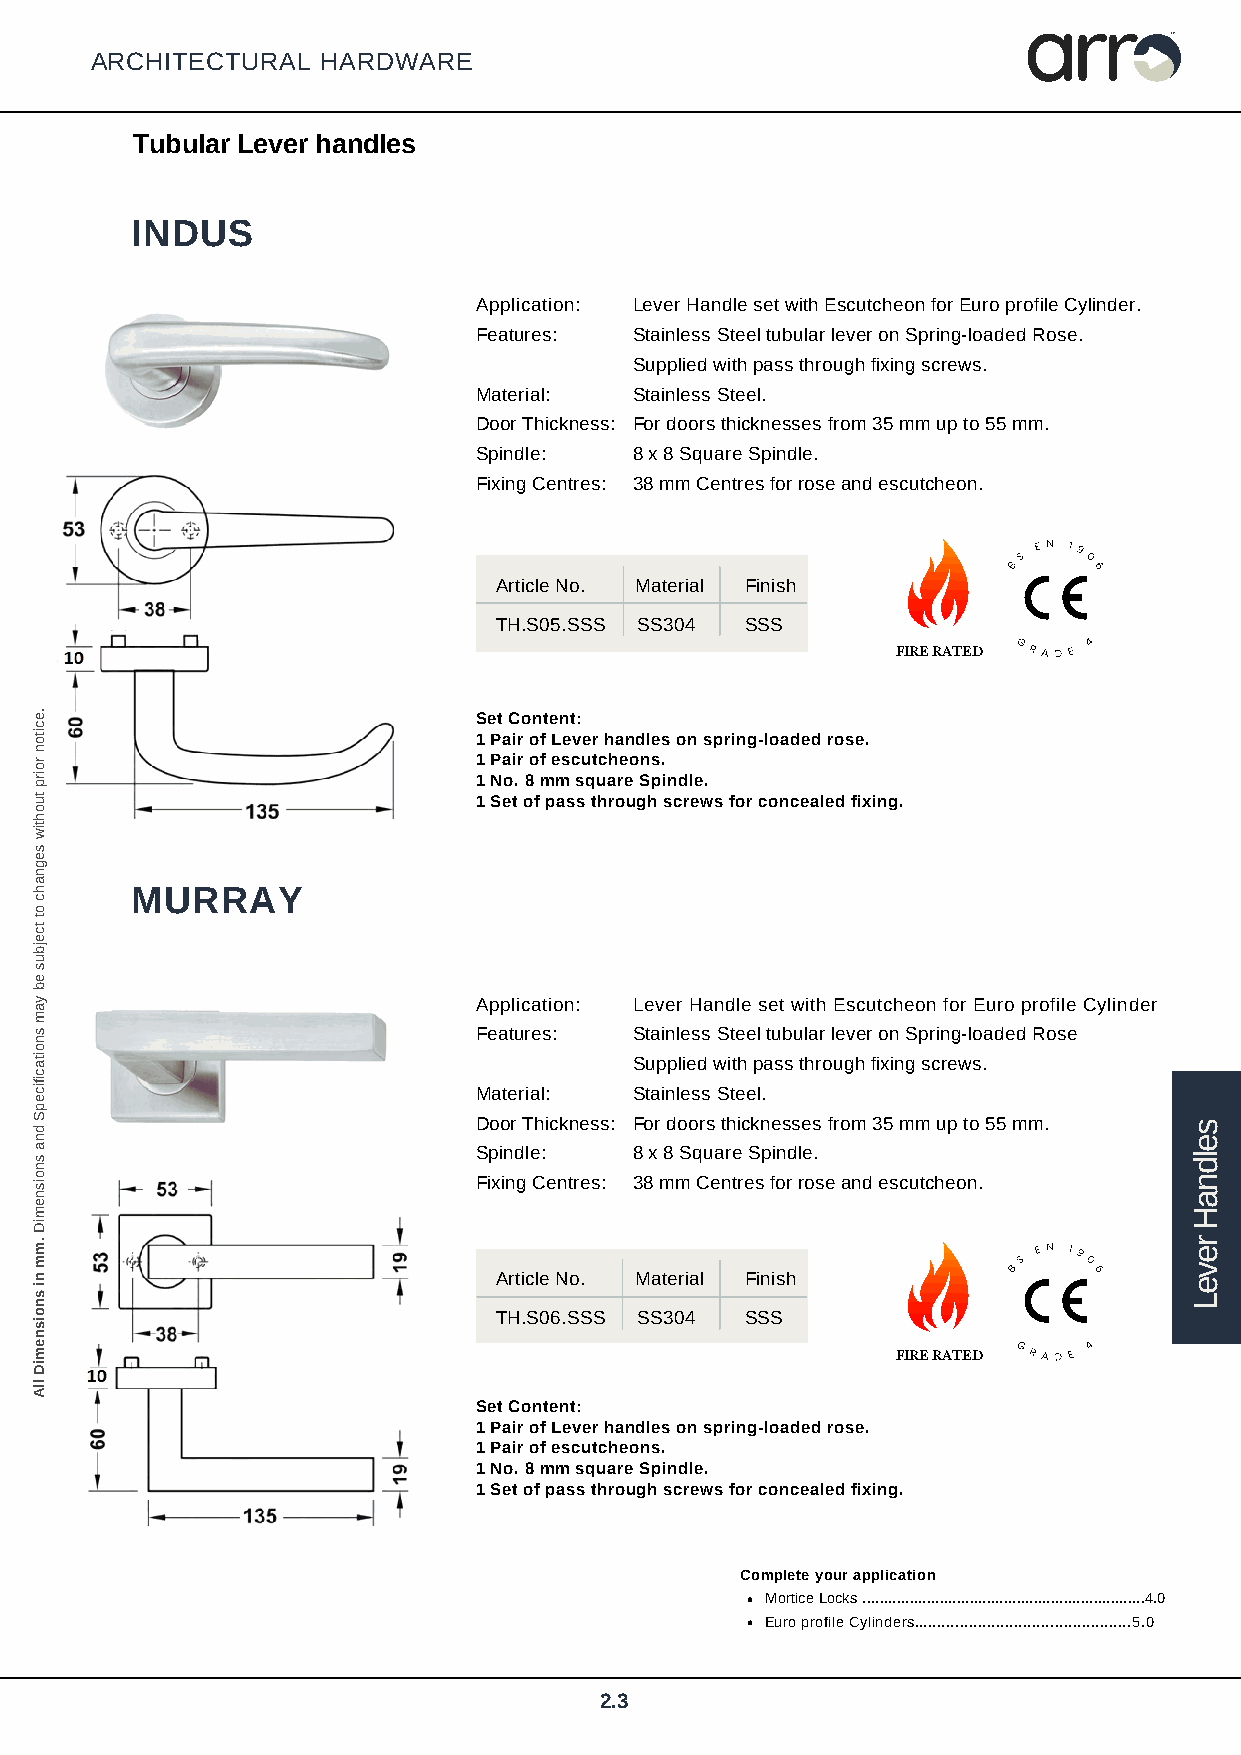
arr
 TM
 ARCHITECTURAL  HARDWARE
 Tubular Lever handles
 INDUS
 Application: Lever Handle set with Escutcheon for Euro profile Cylinder.
 Features:  Stainless Steel tubular lever on Spring-loaded Rose.
 Supplied with pass through fixing screws.
 Material:  Stainless Steel.
 Door Thickness: For doors thicknesses from 35 mm up to 55 mm.
 Spindle:   8 x 8 Square Spindle.
 Fixing Centres: 38 mm Centres for rose and escutcheon.
 BS
 E N 19
 0
 6
 Article No. Material Finish
 TH.S05.SSS SS304 SSS
 FIRE R ATED GRAD E 4
 Set Content:
 1 Pair of Lever handles on spring-loaded rose.
 1 Pair of escutcheons.
 1 No. 8 mm square Spindle.
 1 Set of pass through screws for concealed fixing.
 MURRAY
 Application: Lever Handle set with Escutcheon for Euro profile Cylinder
 Features:  Stainless Steel tubular lever on Spring-loaded Rose
 Supplied with pass through fixing screws.
 Material:  Stainless Steel.
 Door Thickness: For doors thicknesses from 35 mm up to 55 mm.
 Spindle:   8 x 8 Square Spindle.
 Fixing Centres: 38 mm Centres for rose and escutcheon.
 Article No. Material Finish
 BS
 E N 19
 0
 6
 TH.S06.SSS SS304 SSS
 FIRE R ATED GRAD E 4
 Set Content:
 1 Pair of Lever handles on spring-loaded rose.
 1 Pair of escutcheons.
 1 No. 8 mm square Spindle.
 1 Set of pass through screws for concealed fixing.
 Complete your application
 Mortice Locks ..................................................................4.0
 Euro profile Cylinders................................................5.0
 2.3
 .eciton
 roirp
 tuohtiw
 segnahc
 ot
 tcejbus
 eb
 yam
 snoitacificepS
 dna
 snoisnemiD
 .mm
 ni
 snoisnemiD
 llA
 seldnaH
 reveL